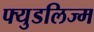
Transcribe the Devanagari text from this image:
फ्युडलिज्म